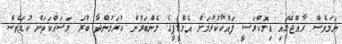
ނަމަވެސް ރާއްޖޭގައި ޑިމޮކްރަސީ ފައްކާކުރުމަށް އެމްޑީޕީގެ މެންބަރުން ކުރަމުންދާ ބުރަ މަސައްކަތަށް ކުޑަވެސް